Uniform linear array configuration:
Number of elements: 12
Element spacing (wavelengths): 0.25
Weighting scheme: hamming
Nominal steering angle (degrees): -60
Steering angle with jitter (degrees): -61.49
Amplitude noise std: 0.05
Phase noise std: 0.05

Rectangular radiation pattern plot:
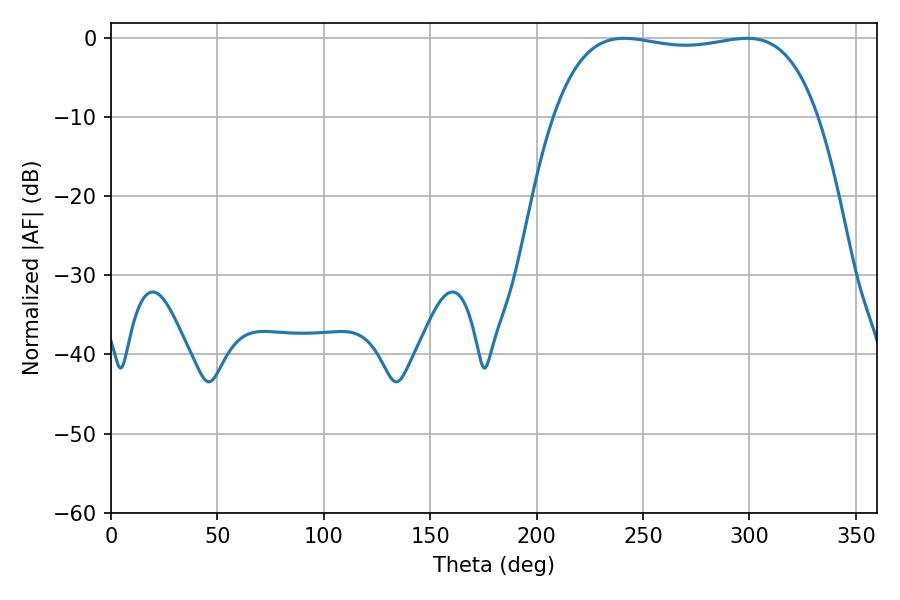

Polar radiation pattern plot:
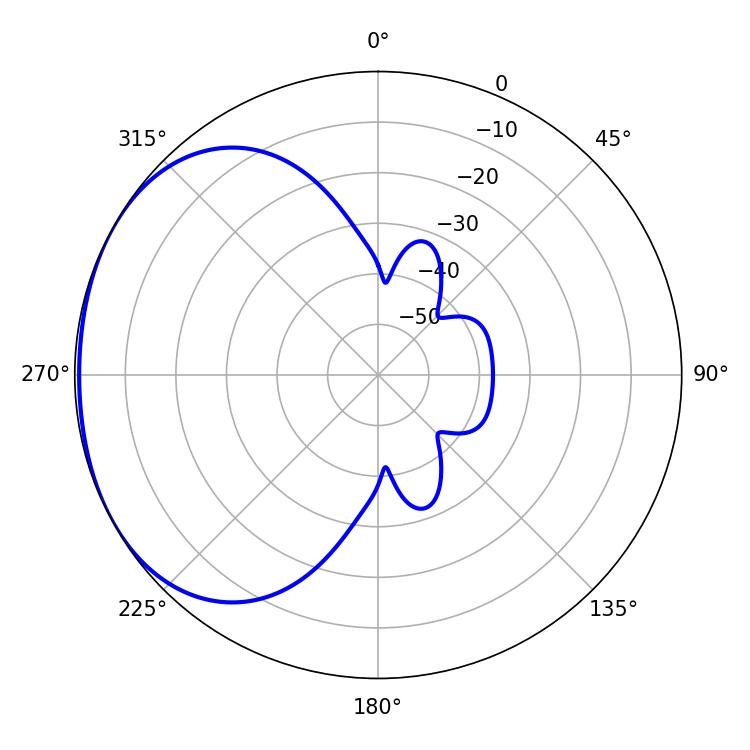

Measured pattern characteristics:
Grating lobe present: FALSE
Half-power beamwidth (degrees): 99.36
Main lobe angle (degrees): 241.2